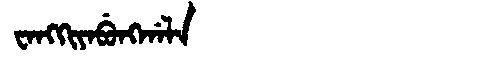
Manchu: ᠸᠠᠩᡴᡳᠶᠠᠪᡠᠩᡤᠠᠯᠠ
Romanization: WANGKIYABUNGGALA